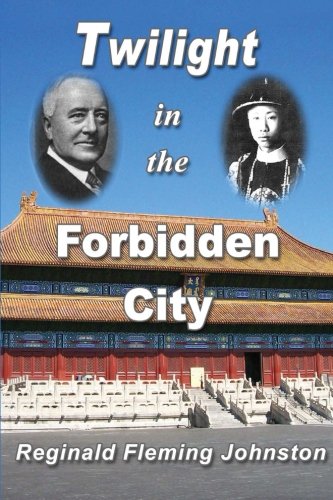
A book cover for Twilight in the Forbidden City (Illustrated and Revised 4th Edition): Includes bonus previously unpublished chapter; Reginald Fleming Johnston; Travel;